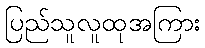
ပြည်သူလူထုအကြား